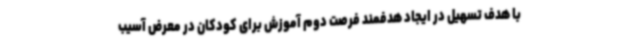
با هدف تسهیل در ایجاد هدفمند فرصت دوم آموزش برای کودکان در معرض آسیب